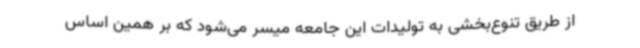
از طریق تنوع‌بخشی به تولیدات این جامعه میسر می‌شود که بر همین اساس